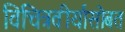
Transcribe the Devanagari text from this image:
विचित्रवीर्यासोबत